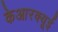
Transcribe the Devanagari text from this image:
केआरक्यूई